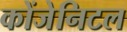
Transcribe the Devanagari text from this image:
कोंजेनिटल